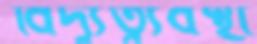
বিদ্যুত্ব্যবস্থা